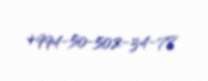
+994-50-502-34-78